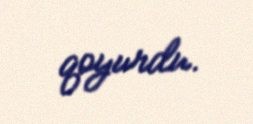
qoyurdu.